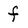
Character: f